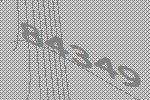
84349